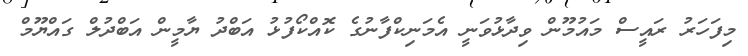
މިފަހަރު ރައީސް މައުމޫން ވިދާޅުވަނީ އެމަނިކްފާނުގެ ކޮއްކޯފުޅު އަބްދު ޔާމީން އަބްދުލް ގައްޔޫމް